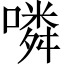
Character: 噒